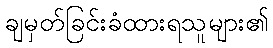
ချမှတ်ခြင်းခံထားရသူများ၏